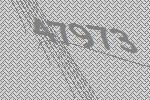
47973